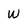
Character: W